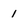
Character: 1